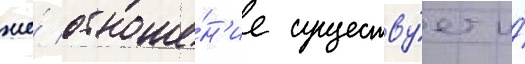
же́ отноше́н'ие существу́ет и́